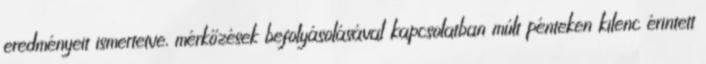
eredményeit ismertetve, mérkőzések befolyásolásával kapcsolatban múlt pénteken kilenc érintett